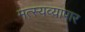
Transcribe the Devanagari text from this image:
मत्स्यव्यापार